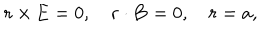
LaTeX: { \mathbf { r } } \times { \mathbf { E } } = 0 , \quad { \mathbf { r } } \cdot { \mathbf { B } } = 0 , \quad r = a ,